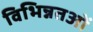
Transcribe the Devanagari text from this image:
विभिन्नतओं